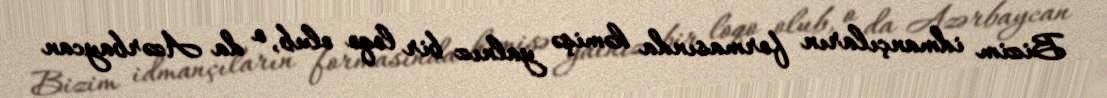
Bizim idmançıların formasında həmişə yalnız bir loqo olub, o da Azərbaycan